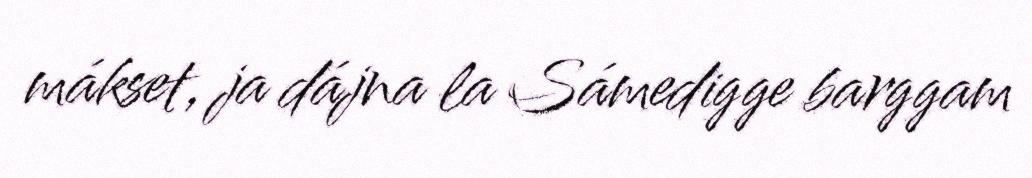
mákset, ja dájna la Sámedigge barggam